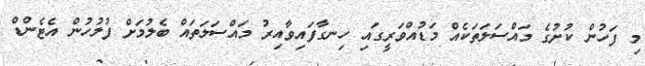
މި ފަހުން ކުށުގެ މައްސަލަތަކެއް މަޑުއްވަރީގައި ހިނގާފައިވާއިރު މައްސަލަތައް ބެލުމަށް ފުލުހުން އެޓެންޑް